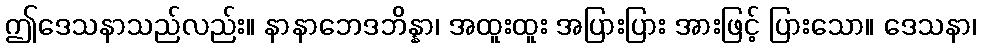
ဤဒေသနာသည်လည်း။ နာနာဘေဒဘိန္နာ၊ အထူးထူး အပြားပြား အားဖြင့် ပြားသော။ ဒေသနာ၊